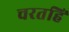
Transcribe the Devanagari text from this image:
चरतहिं